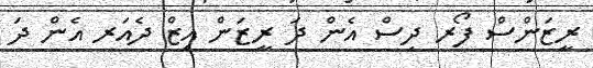
ރީޒަންސް ފޯރ ދިސް އެން ދަ ރީޒަން އިޒް ދެއަރ އެން ދަ